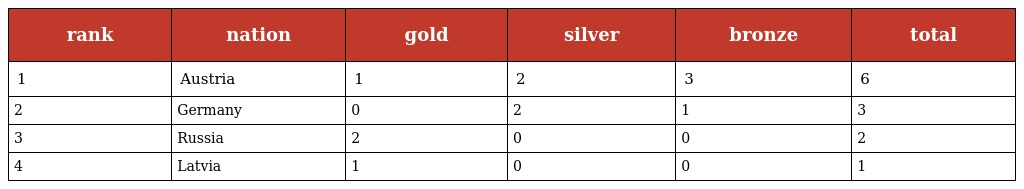
| rank | nation | gold | silver | bronze | total |
 | --- | --- | --- | --- | --- | --- |
 | 1 | Austria | 1 | 2 | 3 | 6 |
 | 2 | Germany | 0 | 2 | 1 | 3 |
 | 3 | Russia | 2 | 0 | 0 | 2 |
 | 4 | Latvia | 1 | 0 | 0 | 1 |